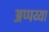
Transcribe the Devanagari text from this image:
अप्पय्या